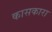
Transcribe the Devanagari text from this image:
कासकारा